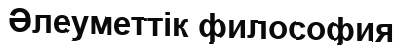
Әлеуметтік философия